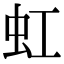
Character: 虹